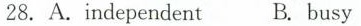
28.A.Independent B.busy